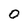
Character: 0